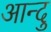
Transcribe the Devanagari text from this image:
आन्दु